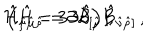
\hat { \cal H } _ { \hat { \mu } \hat { \mu } \hat { \rho } } = 3 \partial _ { [ \hat { \mu } } \hat { \cal B } _ { \hat { \nu } \hat { \rho } ] } \, , \hspace { 1 c m } \left( \hat { \cal H } = 3 \partial \hat { \cal B } \right) \, ,